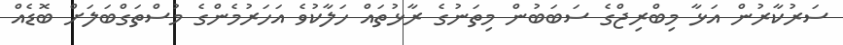
ސަރުކާރުން އަޅާ މިބްރިޖްގެ ސަބަބުން މިތަނުގެ ރާޅުތައް ހަލާކުވެ އަހަރުމެންގެ މުސްތަގްބަލަށް ބޮޑެއް